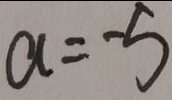
a = - 5